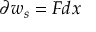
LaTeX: \partial w _ { s } = F d x